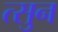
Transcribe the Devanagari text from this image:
त्सुन